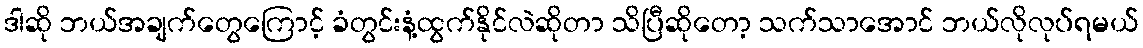
ဒါဆို ဘယ်အချက်တွေကြောင့် ခံတွင်းနံ့ထွက်နိုင်လဲဆိုတာ သိပြီဆိုတော့ သက်သာအောင် ဘယ်လိုလုပ်ရမယ်